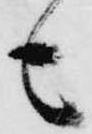
も